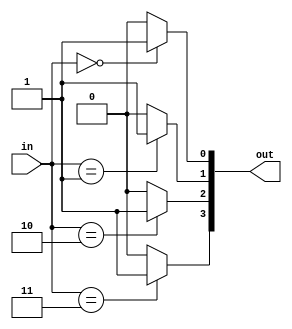
/*
   This file was generated automatically by the Mojo IDE version B1.3.2.
   Do not edit this file directly. Instead edit the original Lucid source.
   This is a temporary file and any changes made to it will be destroyed.
*/

/*
   Parameters:
     WIDTH = DIGIT_BITS
*/
module decoder_8 (
    input [1:0] in,
    output reg [3:0] out
  );
  
  localparam WIDTH = 2'h2;
  
  
  integer i;
  
  always @* begin
    for (i = 1'h0; i < 3'h4; i = i + 1) begin
      if (in == i) begin
        out[(i)*1+0-:1] = 1'h1;
      end else begin
        out[(i)*1+0-:1] = 1'h0;
      end
    end
  end
endmodule